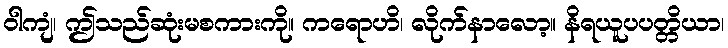
ဝါကျံ၊ ဤသည်ဆုံးမစကားကို။ ကရောဟိ၊ လိုက်နာလော့။ နိရယူပပတ္တိယာ၊